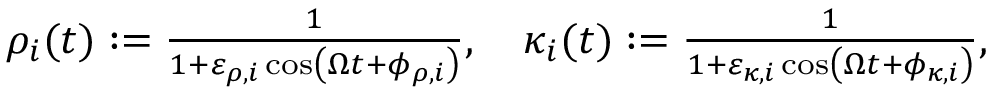
\begin{array} { r } { \rho _ { i } ( t ) : = \frac { 1 } { 1 + \varepsilon _ { \rho , i } \cos \left( \Omega t + \phi _ { \rho , i } \right) } , \quad \kappa _ { i } ( t ) : = \frac { 1 } { 1 + \varepsilon _ { \kappa , i } \cos \left( \Omega t + \phi _ { \kappa , i } \right) } , } \end{array}